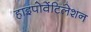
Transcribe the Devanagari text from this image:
हाइपोवेंटिलेशन